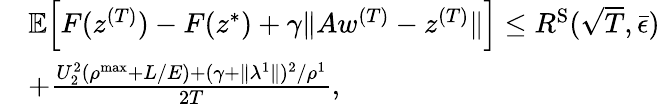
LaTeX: \begin{array}{rl}&{\mathbb{E}\Big[F(z^{(T)})-F(z^{*})+\gamma\| Aw^{(T)}-z^{(T)}\| \Big]\leq R^{\mathrm{S}}(\sqrt{T},\bar{\epsilon})}\\ &{+\frac{U_{2}^{2}(\rho^{\mathrm{max}}+L/E)+(\gamma+\| \lambda^{1}\| )^{2}/\rho^{1}}{2T},}\end{array}